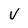
Character: v